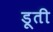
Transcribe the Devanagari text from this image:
डूती